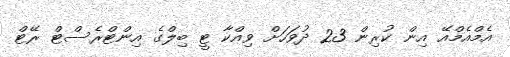
އެމްއެމްއޭ އިން ކުރިން 23 ދުވަހަށް ވިއްކާ ޓީ ބިލްގެ އިންޓްރެސްޓް ރޭޓް